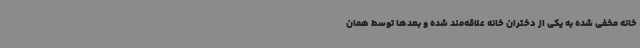
خانه مخفی شده به یکی از دختران خانه علاقه‌مند شده و بعدها توسط همان